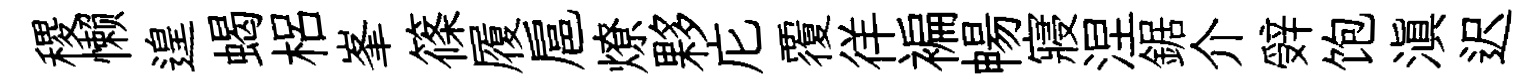
稷懒遑蝎梠峯篠履扈燎夥庀覆徉褊暢寢涅鋸介辤饱滇迟